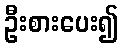
ဦးစားပေး၍